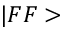
| F F >